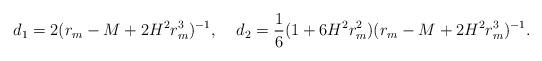
LaTeX: \begin{align*}d_1=2(r_m-M+2H^2r^3_m)^{-1},\;\;\;\;d_2=\frac{1}{6}(1+6H^2r^2_m)(r_m-M+2H^2r^3_m)^{-1}.\end{align*}